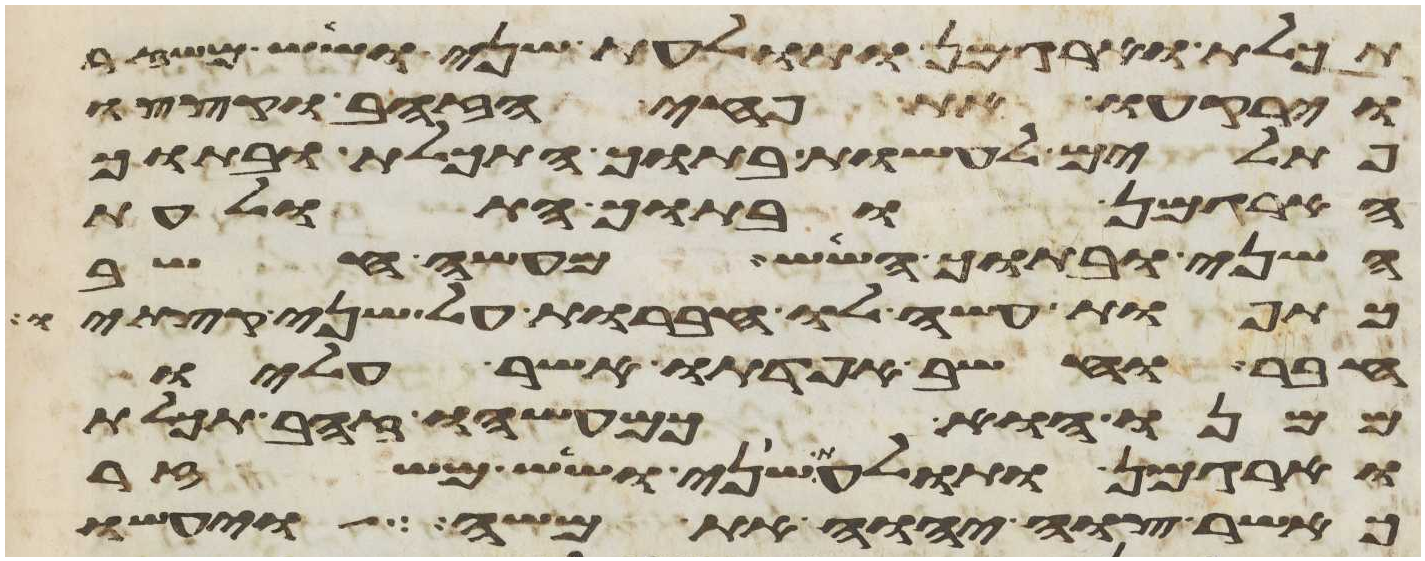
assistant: תכלת וארגמן ותולעת שני ושש משזר
וירקעו את פחי הזהב וקצצו
פתילים לעשות בתוך התכלת ובתוך
הארגמן ובתוך התולעת
השני ובתוך השש מעשה חשב
כתפות עשה לו חברות על שני קצתיו
חבר וחשב אפדתו אשר עליו
ממנו הוא כמעשהו זהב תכלת
וארגמן ותולעת שני ושש משזר
כאשר צוה יהוה את משה ויעשו